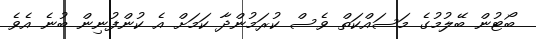
ބޯޓުން ބޭލުމުގެ މަަސައްކަތް ވެސް ކުުރަމުންދާ ކަމަށް އެ ކުންފުނިން ބުނެ އެވެ